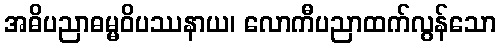
အဓိပညာဓမ္မဝိပဿနာယ၊ လောကီပညာထက်လွန်သော